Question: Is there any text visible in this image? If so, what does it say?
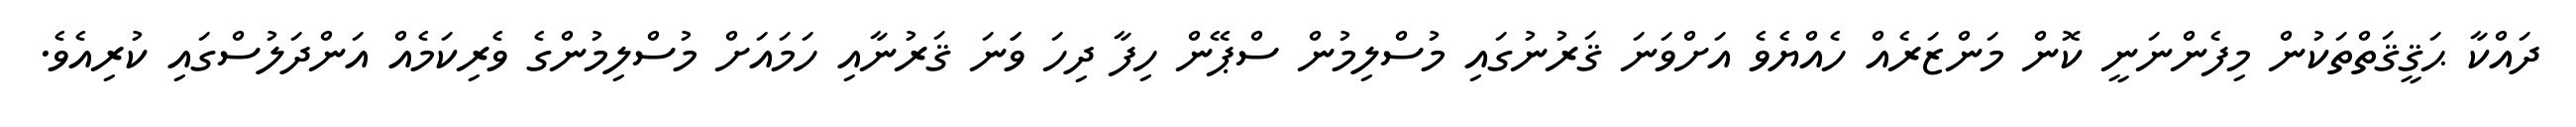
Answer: ދައްކާ ޙަޤީޤަތްތަކުން މިފެންނަނީ ކޮން މަންޒަރެއް ހެއްޔެވެ އަށްވަނަ ޤަރުނުގައި މުސްލިމުން ސްޕޭން ހިފާ ދިހަ ވަަނަ ޤަރުނާއި ހަމައަށް މުސްލިމުންގެ ވެރިކަމެއް އަންދަލުސްގައި ކުރިއެވެ.